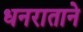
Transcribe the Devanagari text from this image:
धनराताने